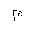
Letter: _mim